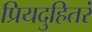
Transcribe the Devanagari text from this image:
प्रियदुहितरं